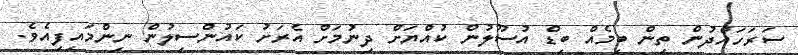
ސަރަހައްދުން ތިން ބިމެއް ބިޑް އުސޫލުން ކުއްޔަށް ދިނުމަށް އެރަށު ކައުންސިލުން ނިންމައިފިއެވެ.